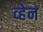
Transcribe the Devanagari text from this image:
व्‍हेन